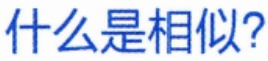
什么是相似?